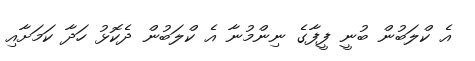
އެ ކްލަބުން ބުނީ ފީފާގެ ނިންމުނާ އެ ކްލަބުން ދެކޮޅު ހަދާ ކަމަށާއި